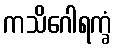
ကသိဂေါရက္ခံ